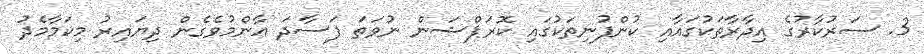
3. ސަރުކާރުގެ އިދާރާތަކުގައާއި ކުންފުނިތަކުގައި ކޮރަޕްޝަން ނުވަތަ ފަސާދަ ޢާންމުވެގެން ދިޔައިރު މިކަމާމެދު